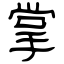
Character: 掌